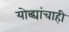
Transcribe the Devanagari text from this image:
योद्ध्यांचाही